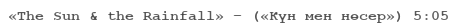
«The Sun & the Rainfall» – («Күн мен нөсер») 5:05